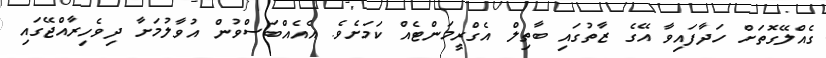
ގެއްލޭގޮތަށް ހަދާފައިވާ އޭގެ ޒާތުގައި ބާތިލް އެގްރީމަންޓެއް ކަމަށެވެ. އެއެއްބަސްވުން އުވާލުމަށާ ދިވެހިރާއްޖޭގައި